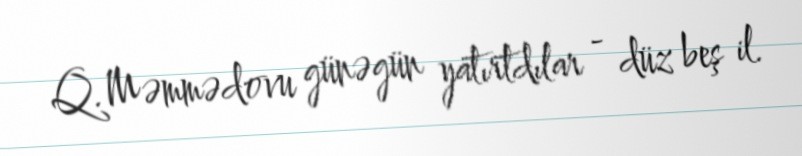
Q.Məmmədovu günəgün yatırtdılar - düz beş il.